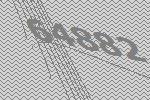
64882